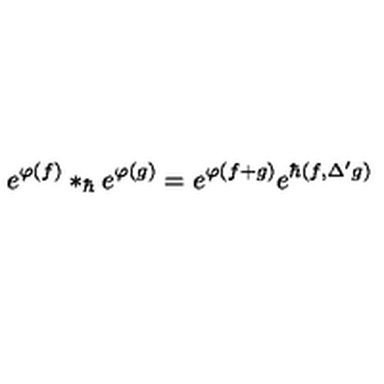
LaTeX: e ^ { \varphi ( f ) } * _ { \hbar } e ^ { \varphi ( g ) } = e ^ { \varphi ( f + g ) } e ^ { \hbar ( f , \Delta ^ { \prime } g ) }